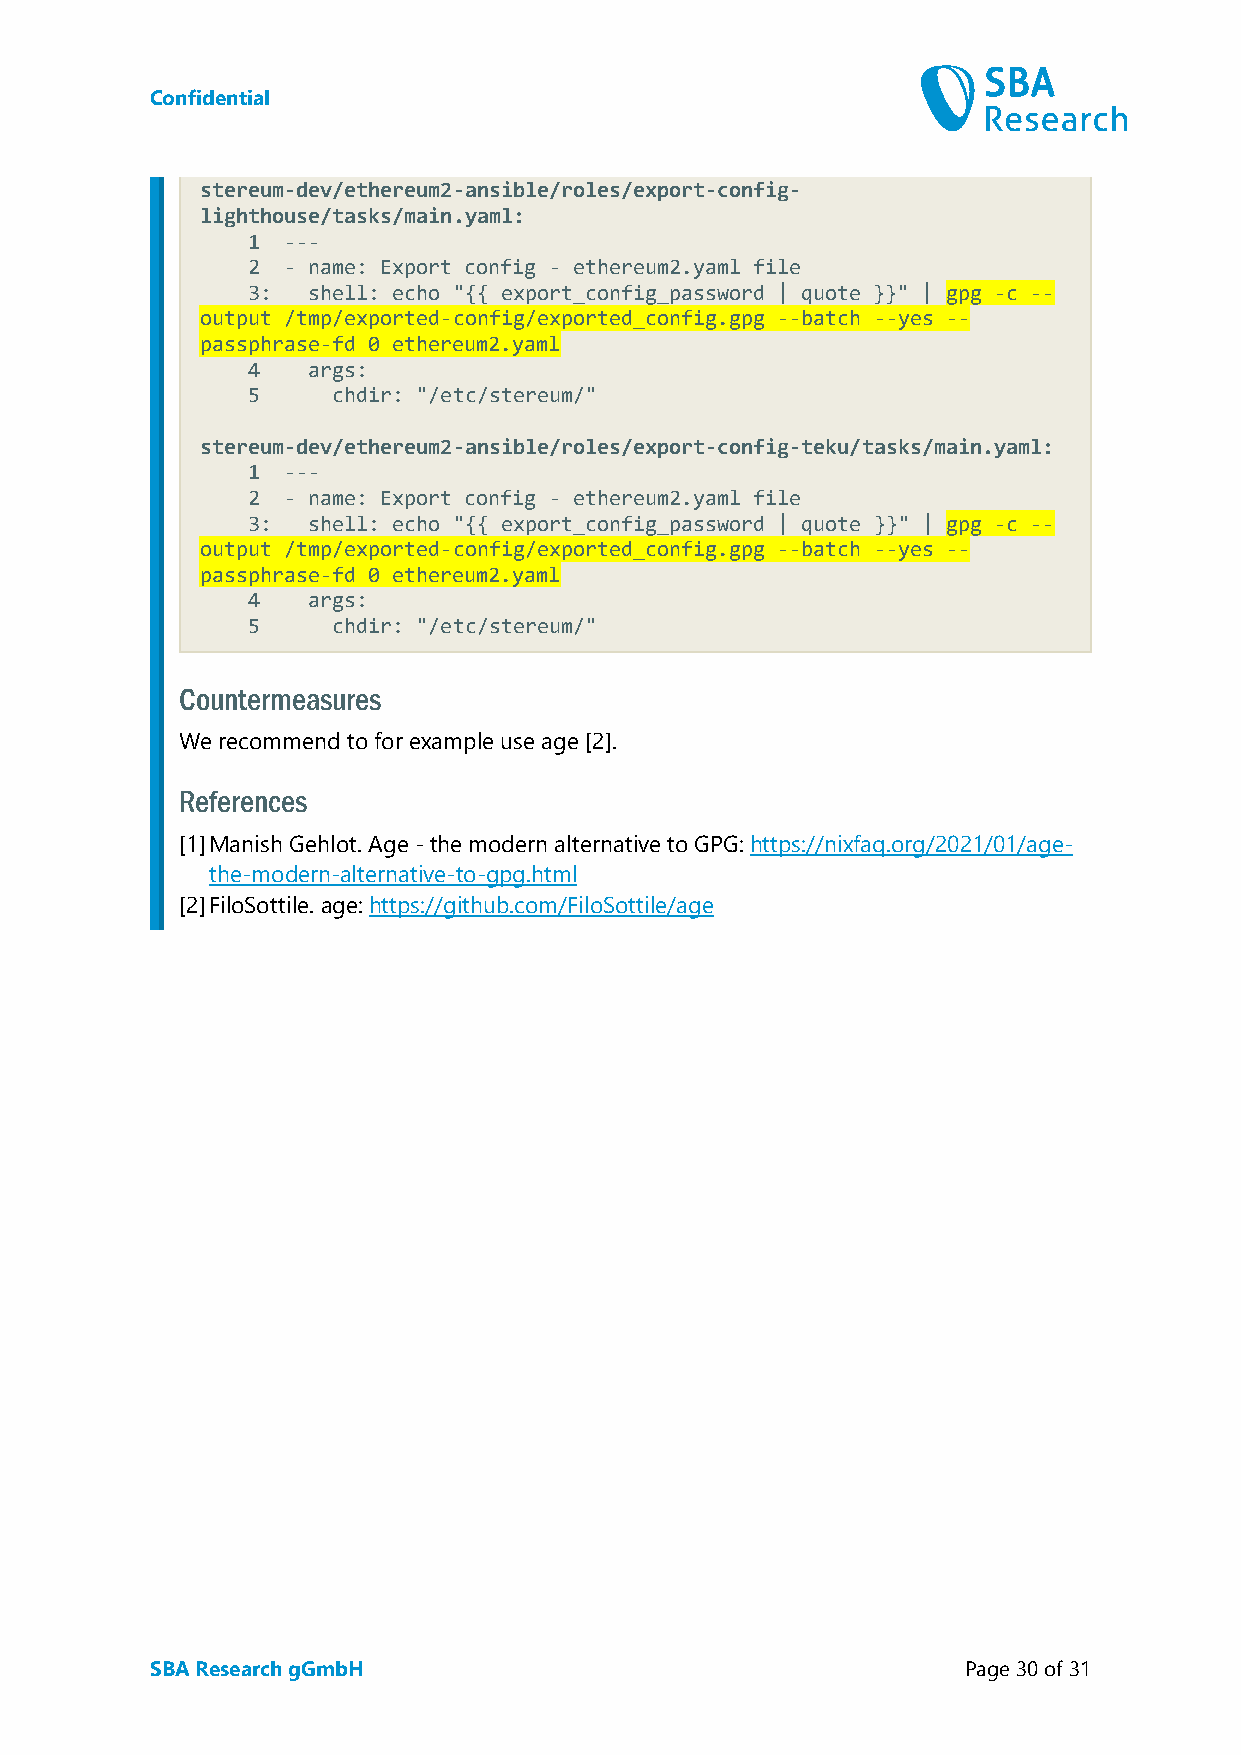
Confidential
 stereum-dev/ethereum2-ansible/roles/export-config-
 lighthouse/tasks/main.yaml:
 1  ---
 2  - name: Export config - ethereum2.yaml file
 3:  shell: echo "{{ export_config_password | quote }}" | gpg -c --
 output /tmp/exported-config/exported_config.gpg --batch --yes --
 passphrase-fd 0 ethereum2.yaml
 4   args:
 5     chdir: "/etc/stereum/"
 stereum-dev/ethereum2-ansible/roles/export-config-teku/tasks/main.yaml:
 1  ---
 2  - name: Export config - ethereum2.yaml file
 3:  shell: echo "{{ export_config_password | quote }}" | gpg -c --
 output /tmp/exported-config/exported_config.gpg --batch --yes --
 passphrase-fd 0 ethereum2.yaml
 4   args:
 5     chdir: "/etc/stereum/"
 Countermeasures
 We recommend to for example use age [2].
 References
 [1] Manish Gehlot. Age - the modern alternative to GPG: https://nixfaq.org/2021/01/age-
 the-modern-alternative-to-gpg.html
 [2] FiloSottile. age: https://github.com/FiloSottile/age
 SBA Research gGmbH                                    Page 30 of 31